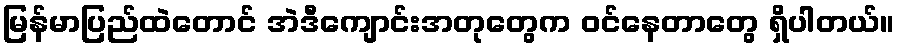
မြန်မာပြည်ထဲတောင် အဲဒီကျောင်းအတုတွေက ဝင်နေတာတွေ ရှိပါတယ်။